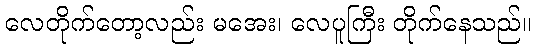
လေတိုက်တော့လည်း မအေး၊ လေပူကြီး တိုက်နေသည်။